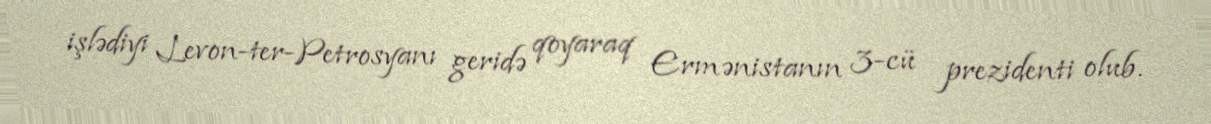
işlədiyi Levon-ter-Petrosyanı geridə qoyaraq Ermənistanın 3-cü prezidenti olub.